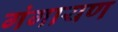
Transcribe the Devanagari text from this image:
गंगायण